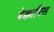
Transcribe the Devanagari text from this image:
बेक्कारिस